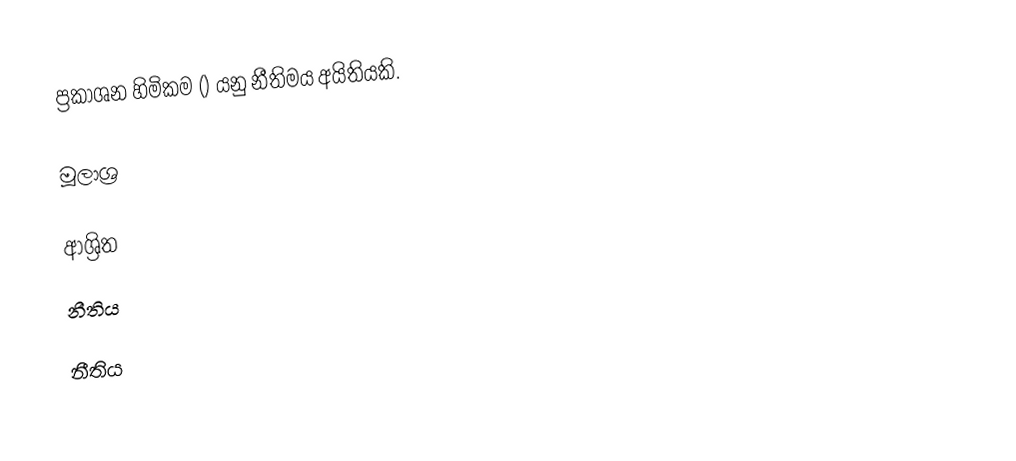
ප්‍රකාශන හිමිකම () යනු නීතිමය අයිතියකි.

මූලාශ්‍ර

ආශ්‍රිත
 නීතිය

නීතිය